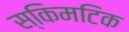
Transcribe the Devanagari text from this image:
स्किमटिक